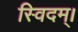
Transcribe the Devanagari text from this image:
स्विदम्।